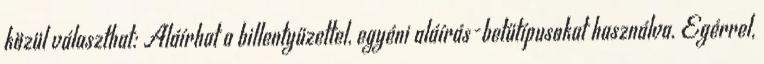
közül választhat: Aláírhat a billentyűzettel, egyéni aláírás-betűtípusokat használva. Egérrel,